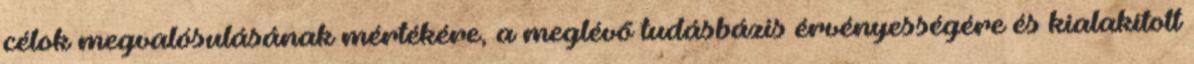
célok megvalósulásának mértékére, a meglévő tudásbázis érvényességére és kialakított